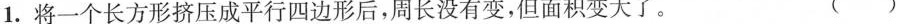
1. 将一个长方形挤压成平行四边形后，周长没有变，但面积变大了。 ( )